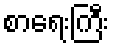
စာရေးကြီး